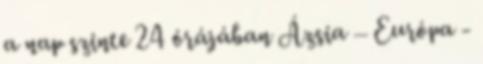
a nap szinte 24 órájában Ázsia – Európa -